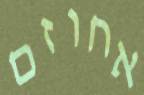
אחוזם